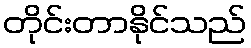
တိုင်းတာနိုင်သည်